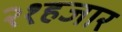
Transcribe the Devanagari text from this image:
२१हजार